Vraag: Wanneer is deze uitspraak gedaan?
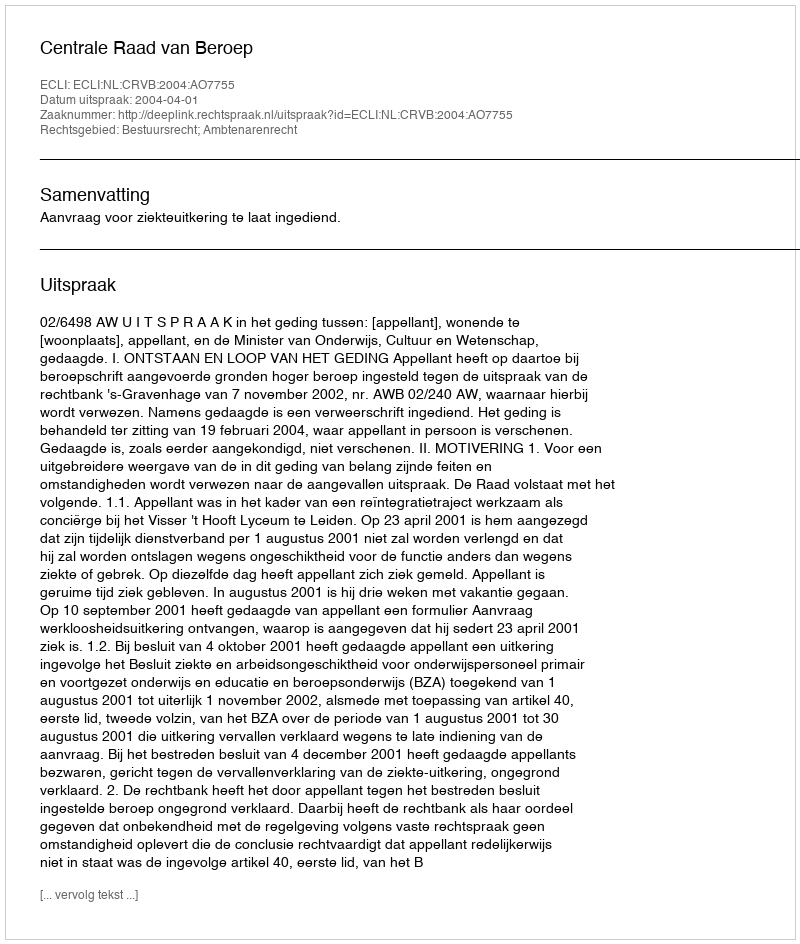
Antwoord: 2004-04-01